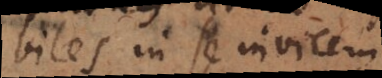
biles in se invicem